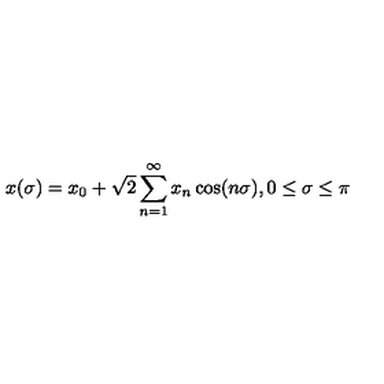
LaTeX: x ( \sigma ) = x _ { 0 } + \sqrt { 2 } \sum _ { n = 1 } ^ { \infty } x _ { n } \cos ( n \sigma ) , 0 \leq \sigma \leq \pi